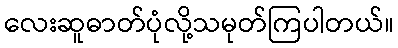
လေးဆူဓာတ်ပုံလို့သမုတ်ကြပါတယ်။